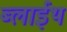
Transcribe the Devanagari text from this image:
ब्लाईथ